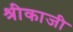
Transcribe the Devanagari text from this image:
श्रीकाजी